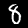
Digit: 8